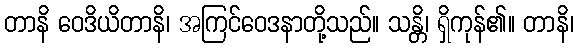
တာနိ ဝေဒိယိတာနိ၊ အကြင်ဝေဒနာတို့သည်။ သန္တိ၊ ရှိကုန်၏။ တာနိ၊